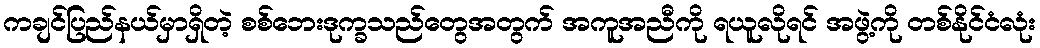
ကချင်ပြည်နယ်မှာရှိတဲ့ စစ်ဘေးဒုက္ခသည်တွေအတွက် အကူအညီကို ရယူလိုရင် အဖွဲ့ကို တစ်နိုင်ငံလုံး